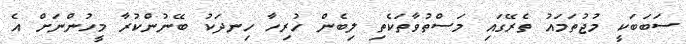
ސަބަބަކީ މުޖުތަމައު ތެރޭގައި މަސްތުވާތަކެތި ލިބެން ހުރިހާ ހިނދަކު ބޭނުންކުރާ މީހުންނަށް އެ